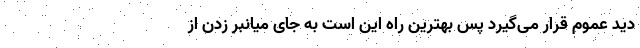
دید عموم قرار می‌گیرد پس بهترین راه این است به جای میانبر زدن از